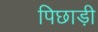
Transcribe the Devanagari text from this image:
पिछाड़ी